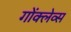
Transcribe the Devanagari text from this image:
गोंक्लेव्स